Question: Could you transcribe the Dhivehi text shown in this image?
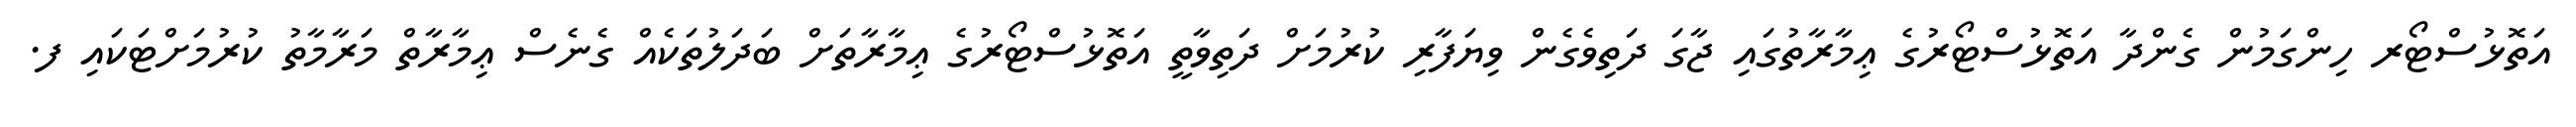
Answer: އަތޮޅުސްޓޯރ ހިންގަމުން ގެންދާ އަތޮޅުސްޓޯރުގެ ޢިމާރާތުގައި ޖާގަ ދަތިވެގެން ވިޔަފާރި ކުރުމަށް ދަތިވާތީ އަތޮޅުސްޓޯރުގެ ޢިމާރާތަށް ބަދަލުތަކެއް ގެނެސް ޢިމާރާތް މަރާމާތު ކުރުމަށްޓަކައި ފ.